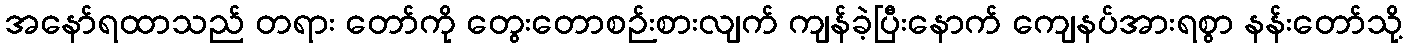
အနော်ရထာသည် တရား တော်ကို တွေးတောစဉ်းစားလျက် ကျန်ခဲ့ပြီးနောက် ကျေနပ်အားရစွာ နန်းတော်သို့